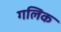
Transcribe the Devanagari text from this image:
गलिक